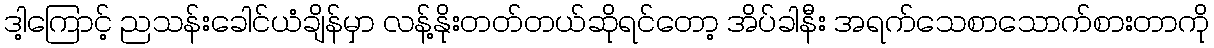
ဒါ့ကြောင့် ညသန်းခေါင်ယံချိန်မှာ လန့်နိုးတတ်တယ်ဆိုရင်တော့ အိပ်ခါနီး အရက်သေစာသောက်စားတာကို